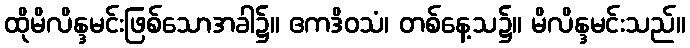
ထိုမိလိန္ဒမင်းဖြစ်သောအခါ၌။ ဧကဒိဝသံ၊ တစ်နေ့သ၌။ မိလိန္ဒမင်းသည်။